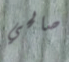
صالحي